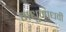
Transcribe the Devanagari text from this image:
मधुमाधवी